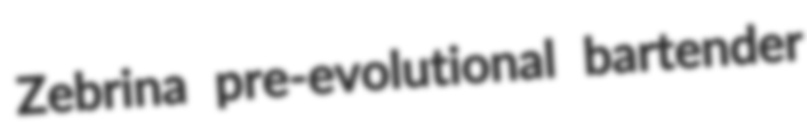
Zebrina pre-evolutional bartender